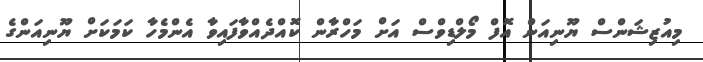
މިއުޒިޝަންސް ޔޫނިއަން އޮފް މޯލްޑިވްސް އަށް މަހްރާން ކޮއްދެއްވާފައިވާ އެންމެހާ ކަމަކަށް ޔޫނިއަންގެ